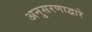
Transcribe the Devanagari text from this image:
अनुसरणाद्वारे